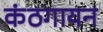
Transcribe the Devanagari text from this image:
कंठगायन